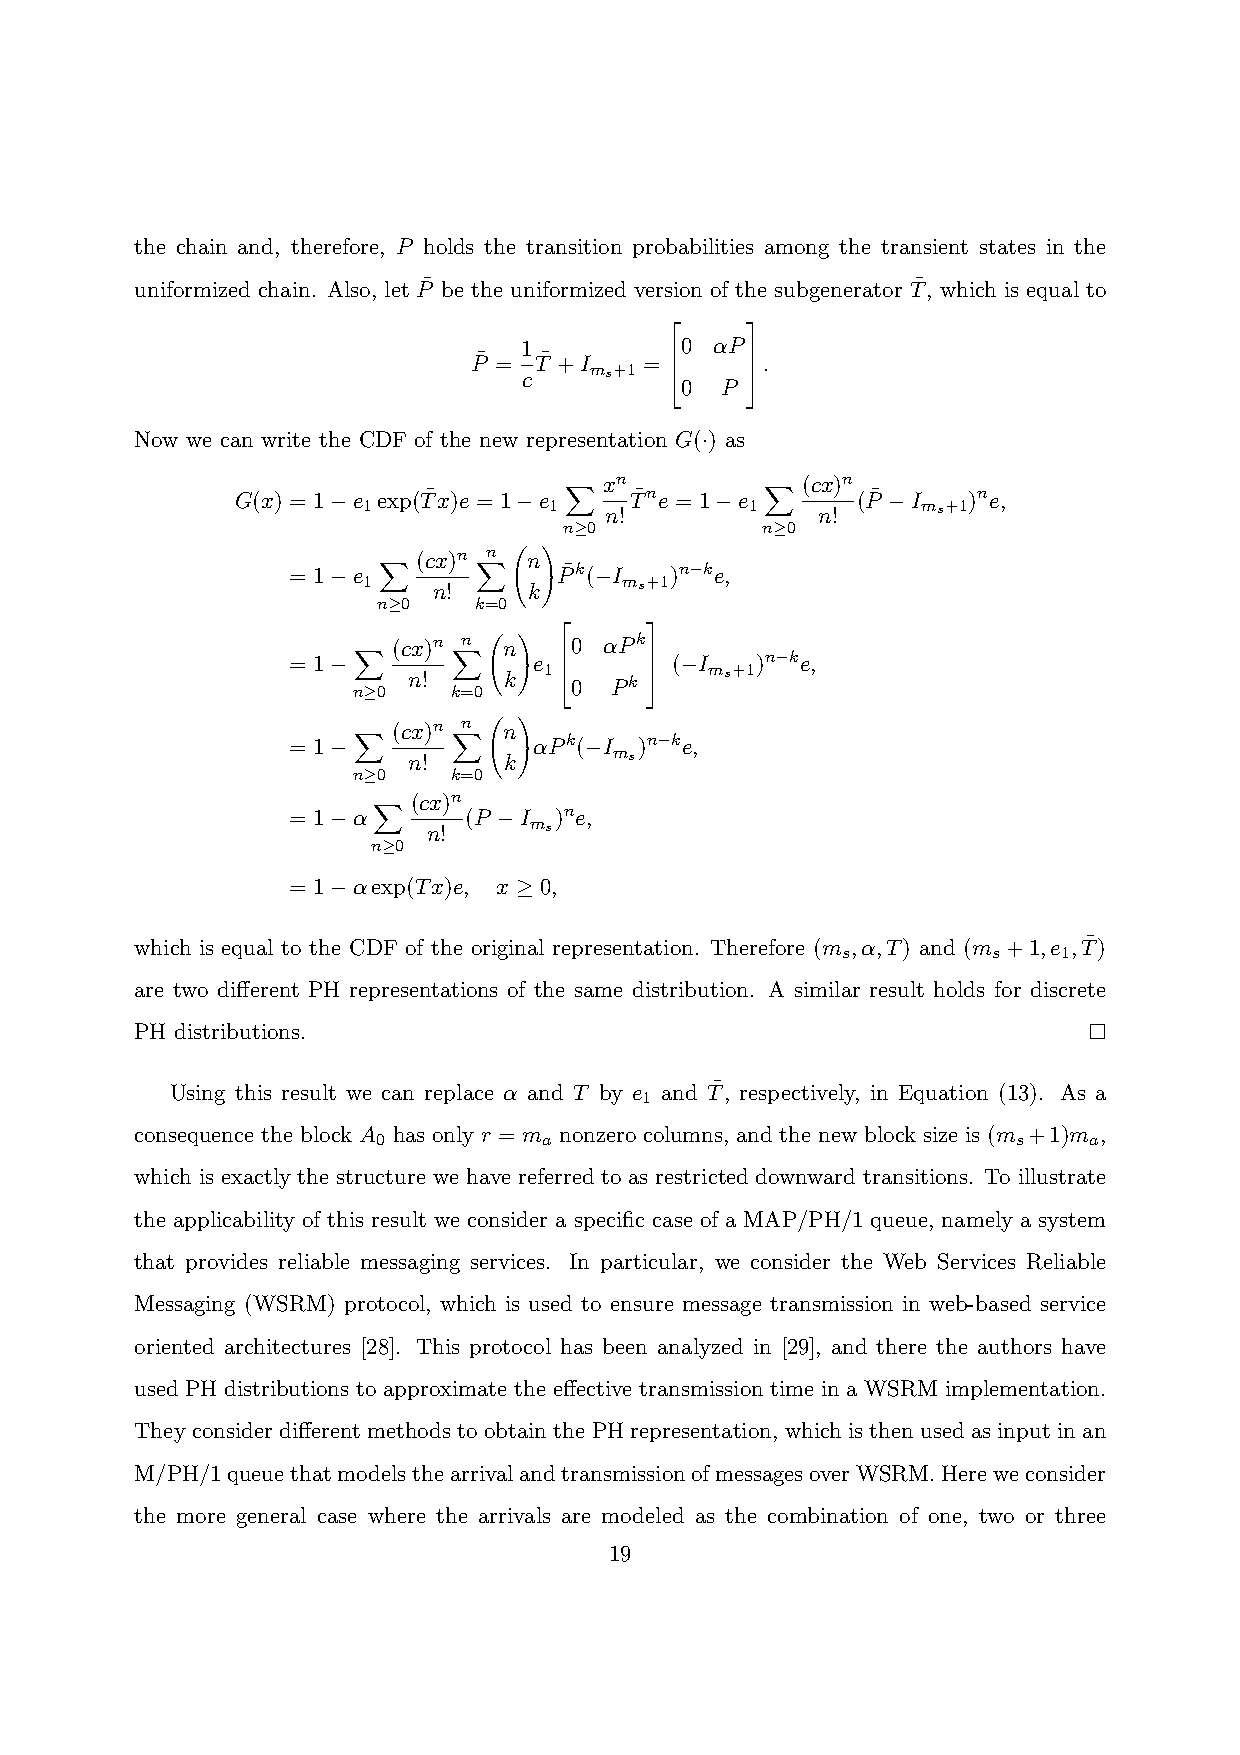
the chain and, therefore, P holds the transition probabilities among the transient states in the
 uniformized chain. Also, let P¯ be the uniformized version of the subgenerator T¯, which is equal to
 1         0 αP
 P¯ = T¯+I   =       .
 c
 ms+1     
 0  P
     
     
 Now we can write the CDF of the new representation G(·) as
 xn           (cx)n
 G(x) = 1−e exp(T¯x)e = 1−e T¯ne = 1−e    (P¯ −I )ne,
 1           1
 n!
 1
 n!
 ms+1
 n≥0          n≥0
 X             X
 (cx)n n n
 = 1−e             P¯k(−I )n−ke,
 1
 n!    k!
 ms+1
 n≥0   k=0
 X      X
 (cx)n n n   0 αPk
 = 1−            e        (−I   )n−ke,
 n≥0 n! k=0 k!
 1
 0 Pk
    ms+1
 X      X
      
 (cx)n n n       
 = 1−            αPk(−I )n−ke,
 n!    k!
 ms
 n≥0    k=0
 X      X
 (cx)n
 = 1−α       (P −I )ne,
 n!
 ms
 n≥0
 X
 = 1−αexp(Tx)e, x ≥ 0,
 which is equal to the CDF of the original representation. Therefore (m ,α,T) and (m +1,e ,T¯)
 s         s   1
 are two different PH representations of the same distribution. A similar result holds for discrete
 PH distributions.
 Using this result we can replace α and T by e and T¯, respectively, in Equation (13). As a
 1
 consequence the block A has only r = m nonzero columns, and the new block size is (m +1)m ,
 0          a                              s    a
 which is exactly the structure we have referred to as restricted downward transitions. To illustrate
 the applicability of this result we consider a specific case of a MAP/PH/1 queue, namely a system
 that provides reliable messaging services. In particular, we consider the Web Services Reliable
 Messaging (WSRM) protocol, which is used to ensure message transmission in web-based service
 oriented architectures [28]. This protocol has been analyzed in [29], and there the authors have
 used PH distributions to approximate the effective transmission time in a WSRM implementation.
 They consider different methods to obtain the PH representation, which is then used as input in an
 M/PH/1queuethatmodelsthearrivalandtransmissionofmessagesoverWSRM.Hereweconsider
 the more general case where the arrivals are modeled as the combination of one, two or three
 19